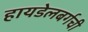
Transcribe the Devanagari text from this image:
हायडेलबर्गची